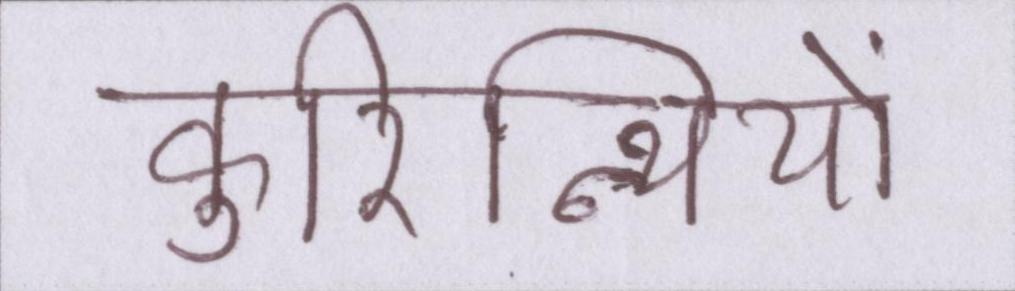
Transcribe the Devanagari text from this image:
कुरिन्थियों